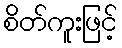
စိတ်ကူးဖြင့်